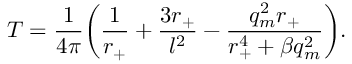
T = \frac { 1 } { 4 \pi } \biggl ( \frac { 1 } { r _ { + } } + \frac { 3 r _ { + } } { l ^ { 2 } } - \frac { q _ { m } ^ { 2 } r _ { + } } { r _ { + } ^ { 4 } + \beta q _ { m } ^ { 2 } } \biggr ) .